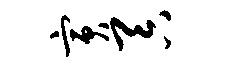
寅吞